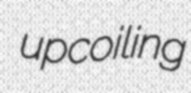
upcoiling